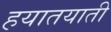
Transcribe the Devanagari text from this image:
हयातयाती